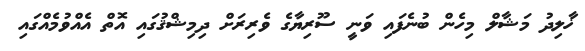
ޚާލިދު މަޝާލް މިހެން ބުނެފައި ވަނީ ސޫރިޔާގެ ވެރިރަށް ދިމިޝްޤުގައި އޮތް އެއްވުމެއްގައި